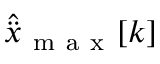
\hat { \ddot { x } } _ { \mathrm { ~ m ~ a ~ x ~ } } [ k ]